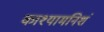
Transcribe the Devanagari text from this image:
काश्यामनिशं